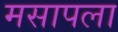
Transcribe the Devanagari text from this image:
मसापला